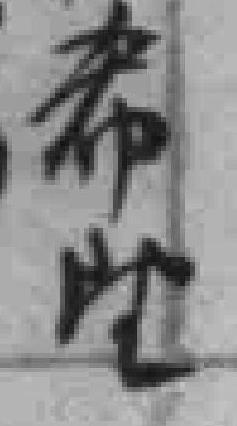
希望